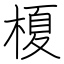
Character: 榎